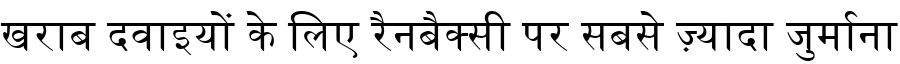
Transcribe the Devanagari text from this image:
खराब दवाइयों के लिए रैनबैक्सी पर सबसे ज़्यादा जुर्माना